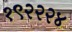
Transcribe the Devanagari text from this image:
१९२२२४